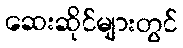
ဆေးဆိုင်များတွင်